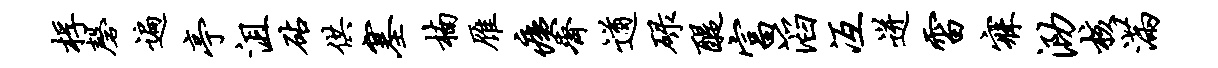
桴磬遍亭沮砧供塞楠雁痍齐遒碌醍富滔冱迸雷寐泐核满